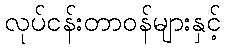
လုပ်ငန်းတာဝန်များနှင့်